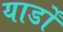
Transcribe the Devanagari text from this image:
यार्डों